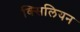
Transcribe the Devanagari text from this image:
क्सिलियन